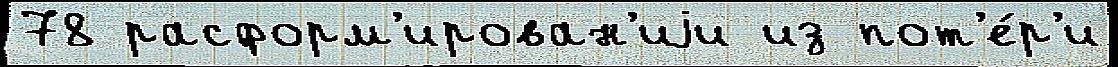
78 расформ'ирован'иjи из пот'е́р'и